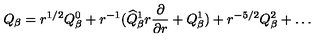
Q _ { \beta } = r ^ { 1 / 2 } Q _ { \beta } ^ { 0 } + r ^ { - 1 } ( \widehat { Q } _ { \beta } ^ { 1 } r \frac { \partial } { \partial r } + Q _ { \beta } ^ { 1 } ) + r ^ { - 5 / 2 } Q _ { \beta } ^ { 2 } + \ldots